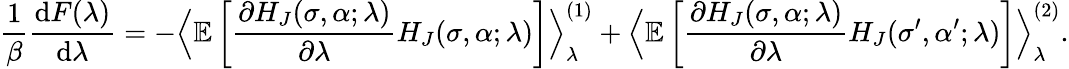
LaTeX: \frac{1}{\beta}\frac{\textrm{d}F(\lambda)}{\textrm{d}\lambda}=-\Big<\mathbb{E}\left[\frac{\partial H_{J}(\sigma,\alpha;\lambda)}{\partial\lambda}H_{J}(\sigma,\alpha;\lambda)\right]\Big>_{\lambda}^{(1)}+\Big<\mathbb{E}\left[\frac{\partial H_{J}(\sigma,\alpha;\lambda)}{\partial\lambda}H_{J}(\sigma^{\prime},\alpha^{\prime};\lambda)\right]\Big>_{\lambda}^{(2)}.